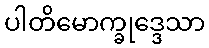
ပါတိမောက္ခုဒ္ဒေသာ